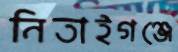
নিতাইগঞ্জে